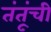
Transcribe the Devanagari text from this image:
तंतूंची